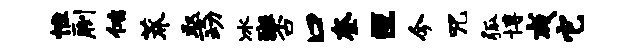
惟劂侑莽娶动冰斑否口奎叵今咒弧博咸它